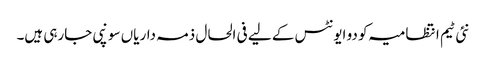
نئی ٹیم انتظامیہ کو دو ایونٹس کے لیے فی الحال ذمہ داریاں سونپی جارہی ہیں۔